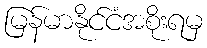
မြန်မာနိုင်ငံအစိုးရမှ